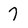
Character: 7